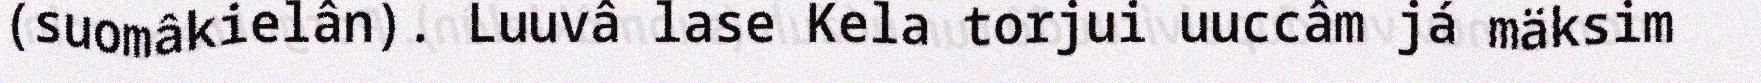
(suomâkielân). Luuvâ lase Kela torjui uuccâm já mäksim